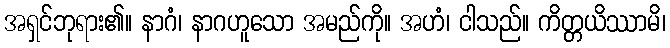
အရှင်ဘုရား၏။ နာဂံ၊ နာဂဟူသော အမည်ကို။ အဟံ၊ ငါသည်။ ကိတ္တယိဿာမိ၊